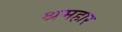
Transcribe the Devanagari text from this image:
श्रमहार